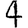
Digit: 4